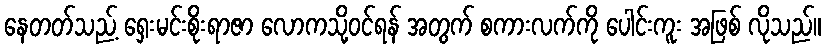
နေတတ်သည့် ရှေးမင်းစိုးရာဇာ လောကသို့ဝင်ရန် အတွက် စကားလက်ကို ပေါင်းကူး အဖြစ် လိုသည်။